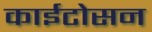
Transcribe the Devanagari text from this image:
काईटोसन